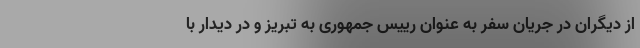
از دیگران در جریان سفر به عنوان رییس جمهوری به تبریز و در دیدار با